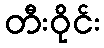
တီးဝိုင်း